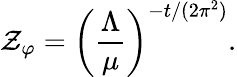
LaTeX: \mathcal{Z}_{\varphi}=\left(\frac{{\Lambda}}{{\mu}}\right)^{-t/(2\pi^{2})}.